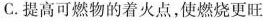
C.提高可燃物的着火点，使燃烧更旺